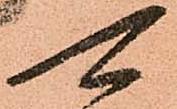
可